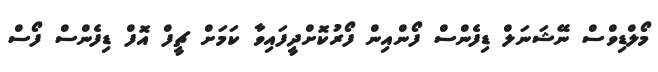
މޯލްޑިވްސް ނޭޝަނަލް ޑިފެންސް ފޯންއިން ފޯރުކޮށްދީފައިވާ ކަމަށް ޗީފް އޮފް ޑިފެންސް ފޯސް